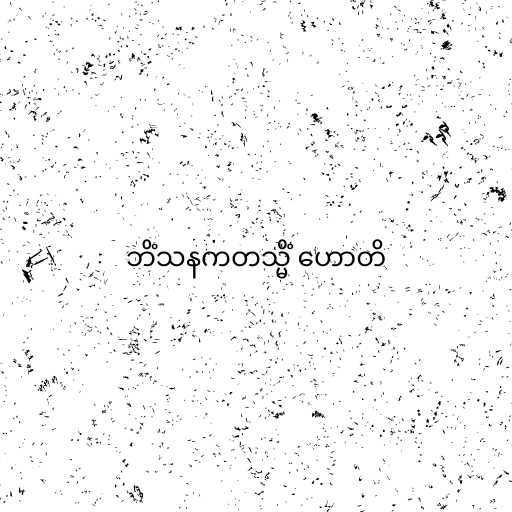
ဘိံသနကတသ္မိံ ဟောတိ